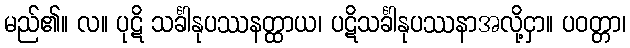
မည်၏။ လ။ ပုဋိ သင်္ခါနုပဿနတ္ထာယ၊ ပဋိသင်္ခါနုပဿနာအလို့ငှာ။ ပဝတ္တာ၊